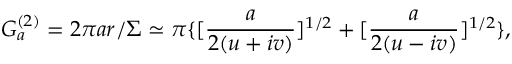
G _ { a } ^ { ( 2 ) } = 2 \pi a r / \Sigma \simeq \pi \{ [ \frac { a } { 2 ( u + i v ) } ] ^ { 1 / 2 } + [ \frac { a } { 2 ( u - i v ) } ] ^ { 1 / 2 } \} ,